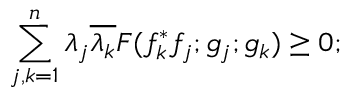
\sum _ { j , k = 1 } ^ { n } \lambda _ { j } \overline { { { \lambda _ { k } } } } { \cal F } ( f _ { k } ^ { * } f _ { j } ; g _ { j } ; g _ { k } ) \ge 0 ;